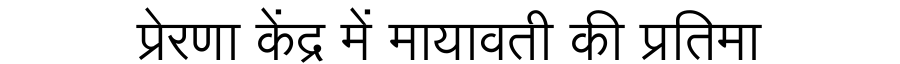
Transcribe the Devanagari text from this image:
प्रेरणा केंद्र में मायावती की प्रतिमा